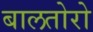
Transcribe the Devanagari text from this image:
बालतोरो